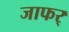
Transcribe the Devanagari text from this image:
जाफर्